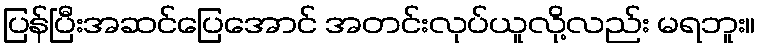
ပြန်ပြီးအဆင်ပြေအောင် အတင်းလုပ်ယူလို့လည်း မရဘူး။